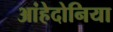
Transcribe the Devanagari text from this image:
आंहेदोनिया